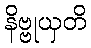
နိဗ္ဗုယှတိ